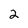
Character: 2